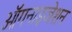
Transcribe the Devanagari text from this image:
ऑगनाइजेशन